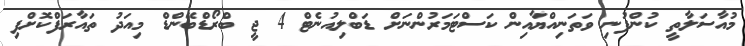
މުއާސަލާތީ ކުންފުނި ވަތަނިއްޔާއިން ކަސްޓަމަރުންނަށް ޑަބްލިއުނެޓް 4 ޖީ ބްރޯޑްބޭންޑް މިއަދު ތައާރަފްކޮށްފި